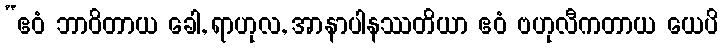
“ဧဝံ ဘာဝိတာယ ခေါ, ရာဟုလ, အာနာပါနဿတိယာ ဧဝံ ဗဟုလီကတာယ ယေပိ